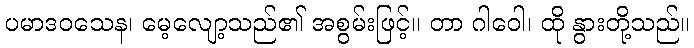
ပမာဒဝသေန၊ မေ့လျော့သည်၏ အစွမ်းဖြင့်။ တာ ဂါဝေါ၊ ထို နွားတို့သည်။